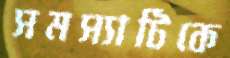
সমস্যাটিকে